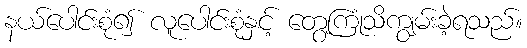
နယ်ပေါင်းစုံ၍ လူပေါင်းစုံနှင့် တွေ့ကြုံသိကျွမ်းခဲ့ရသည်။